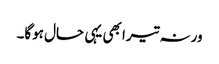
ورنہ تیرا بھی یہی حال ہوگا۔